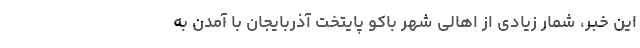
این خبر، شمار زیادی از اهالی شهر باکو پایتخت آذربایجان با آمدن به